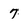
Character: 7